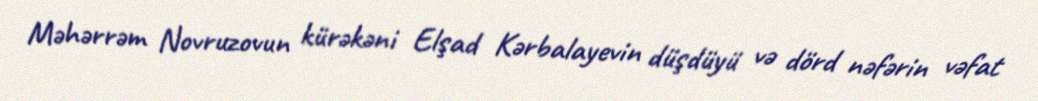
Məhərrəm Novruzovun kürəkəni Elşad Kərbalayevin düşdüyü və dörd nəfərin vəfat